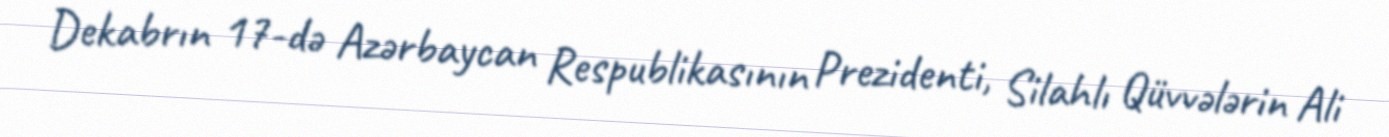
Dekabrın 17-də Azərbaycan Respublikasının Prezidenti, Silahlı Qüvvələrin Ali